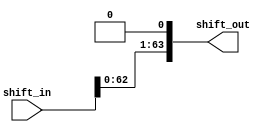
module shift_left1 (shift_in , shift_out);

input [63:0] shift_in;
output [63:0] shift_out;

assign shift_out = shift_in << 1 ;

endmodule